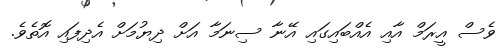
ވެސް އީރަމް އާއި އެއްބައިގައި އޭނާ ސިނަމާ އަށް ދިޔުމަށް އެދިފައި އޮތެވެ.